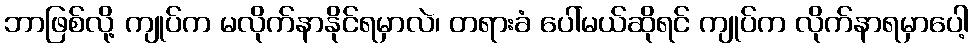
ဘာဖြစ်လို့ ကျုပ်က မလိုက်နာနိုင်ရမှာလဲ၊ တရားခံ ပေါ်မယ်ဆိုရင် ကျုပ်က လိုက်နာရမှာပေါ့